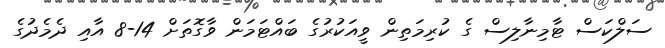
ސަލްކަސް ޓާމިނާލިސް ގެ ކުރިމަތިން ވީއަކުރުގެ ބައްޓަމަން ވާގޮތަށް 14-8 އާއި ދެމެދުގެ